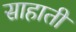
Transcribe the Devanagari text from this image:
साहाती